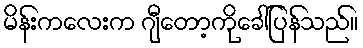
မိန်းကလေးက ဂျီတော့ကိုခေါ်ပြန်သည်။